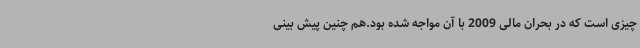
چیزی است که در بحران مالی 2009 با آن مواجه شده بود.هم چنین پیش بینی